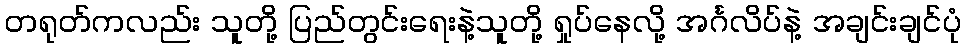
တရုတ်ကလည်း သူတို့ ပြည်တွင်းရေးနဲ့သူတို့ ရှုပ်နေလို့ အင်္ဂလိပ်နဲ့ အချင်းချင်ပုံ